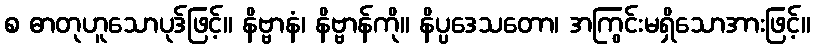
စ ဓာတုဟူသောပုဒ်ဖြင့်။ နိဗ္ဗာနံ၊ နိဗ္ဗာန်ကို။ နိပ္ပဒေသတော၊ အကြွင်းမရှိသောအားဖြင့်။